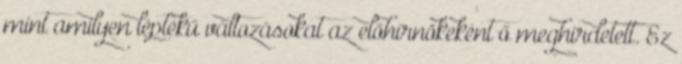
mint amilyen léptékű változásokat az előhírnökeként ő meghirdetett. Ez